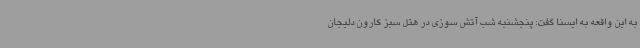
به این واقعه به ایسنا گفت: پنجشنبه شب آتش سوزی در هتل سبز کارون دلیجان